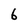
Character: 6